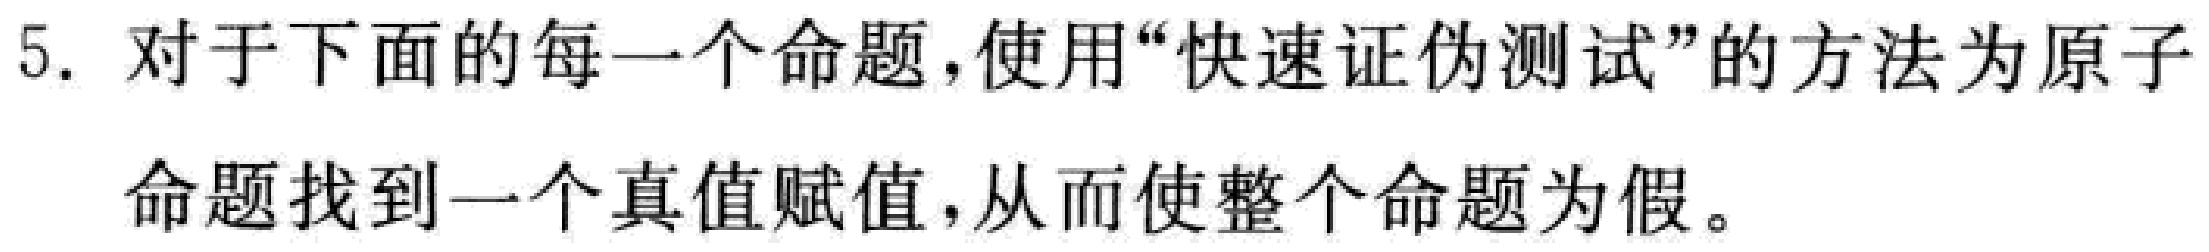
5. 对于下面的每一个命题，使用“快速证伪测试”的方法为原子命题找到一个真值赋值，从而使整个命题为假。